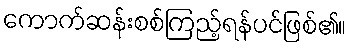
ကောက်ဆန်းစစ်ကြည့်ရန်ပင်ဖြစ်၏။